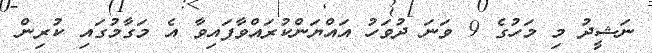
ނަޝީދު މި މަހުގެ 9 ވަނަ ދުވަހު އައްޔަންކުރައްވާފައިވާ އެ މަގާމުގައި ކުރިން